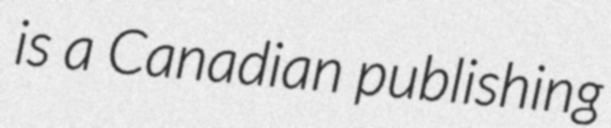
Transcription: is a Canadian publishing